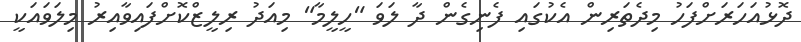
ދޮޅުއަހަރަށްފަހު މިދެތަރިން އެކުގައި ފެނިގެން ދާ ލަވަ "ހީލީމާ" މިއަދު ރިލީޒްކޮށްފައިވާއިރު މިލަވައަކީ